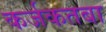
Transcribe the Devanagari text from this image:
कर्जकतबा